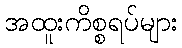
အထူးကိစ္စရပ်များ